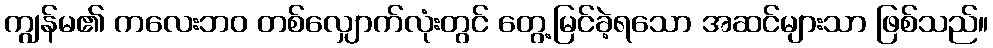
ကျွန်မ၏ ကလေးဘဝ တစ်လျှောက်လုံးတွင် တွေ့မြင်ခဲ့ရသော အဆင်များသာ ဖြစ်သည်။